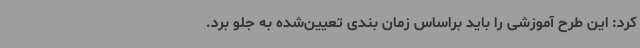
کرد: این طرح آموزشی را باید براساس زمان بندی تعیین‌شده به جلو برد.